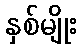
နှစ်မျိုး